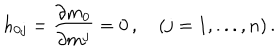
h _ { 0 j } = \frac { \partial m _ { 0 } } { \partial m ^ { j } } = 0 \, , \quad ( j = 1 , . . . , n ) \, .